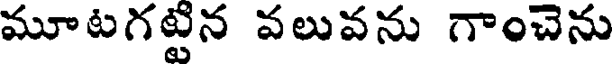
మూటగట్టిన వలువను గాంచెను